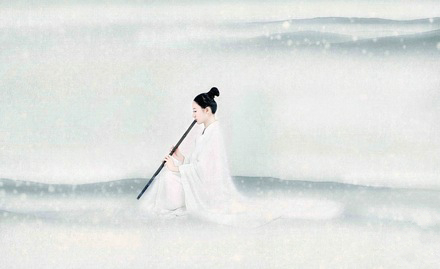
雪霏霏，风凛凛，玉郎何处狂饮？